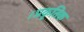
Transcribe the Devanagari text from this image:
।प्रकृतिक